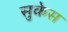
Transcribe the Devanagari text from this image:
सुकेस